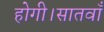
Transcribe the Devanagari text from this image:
होगी।सातवाँ